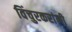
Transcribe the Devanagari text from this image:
विंचुरकरांनी